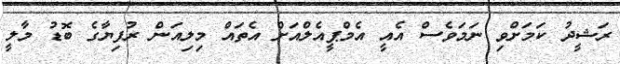
ރަޝީދު ކަމަށްވި ނަމަވެސް އެއީ އެމްޕީއެލްއަށް އެތައް މިލިއަން ރުފިޔާގެ ބޮޑު މާލީ